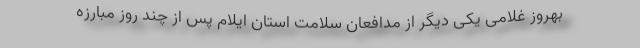
بهروز غلامی یکی دیگر از مدافعان سلامت استان ایلام پس از چند روز مبارزه